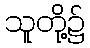
သူတို့၌